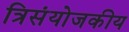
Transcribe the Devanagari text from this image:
त्रिसंयोजकीय